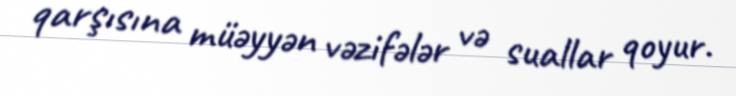
qarşısına müəyyən vəzifələr və suallar qoyur.